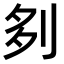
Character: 𠛫